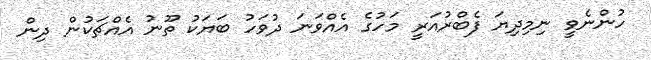
ހުންނެވީ ނިމިދިޔަ ފެބްރުއަރީ މަހުގެ އެއްވަނަ ދުވަހު ބަޔަކު ތޫނު އެއްޗަކުން ދިން